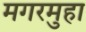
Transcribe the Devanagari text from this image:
मगरमुहा